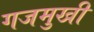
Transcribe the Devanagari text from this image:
गजमुखी